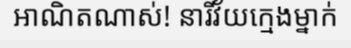
អាណិតណាស់! នារីវ័យក្មេងម្នាក់